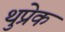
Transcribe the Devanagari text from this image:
थुप्रेक